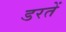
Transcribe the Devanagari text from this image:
डरतें